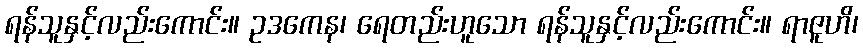
ရန်သူနှင့်လည်းကောင်း။ ဥဒကေန၊ ရေတည်းဟူသော ရန်သူနှင့်လည်းကောင်း။ ရာဇူဟိ၊